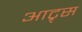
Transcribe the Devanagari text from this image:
आट्र्स